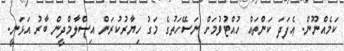
ކަމެއްނޫން. ޢެފަދަ ކަންތައް ހުއްޓުވުމަށް ނަސޭހަތުގެ މަގު ހިޔާރުކުރަން އިސްލާމްދީން ބާރު އަޅަނީ.